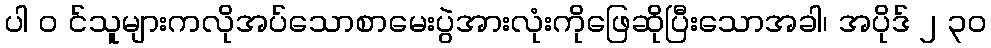
ပါ ၀ င်သူများကလိုအပ်သောစာမေးပွဲအားလုံးကိုဖြေဆိုပြီးသောအခါ၊ အပိုဒ် ၂ ၃၀